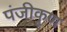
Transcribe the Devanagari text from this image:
पंजीकृण